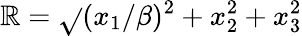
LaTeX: \mathbb{R}=\sqrt{}{{(x_{1}/\beta)^{2}+x_{2}^{2}+x_{3}^{2}}}